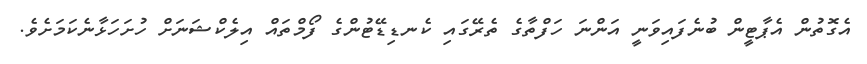
އެގޮތުން އެޕާޓީން ބުނެފައިވަނީ އަންނަ ހަފްތާގެ ތެރޭގައި ކެނޑިޑޭޓުންގެ ފޯމްތައް އިލެކްޝަނަށް ހުށަހަޅާނެކަމަށެވެ.